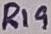
Text: R19